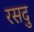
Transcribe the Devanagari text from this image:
रसदु